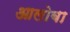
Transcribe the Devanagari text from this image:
आलोबा